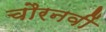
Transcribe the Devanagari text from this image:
चौरनवीं